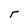
Character: r